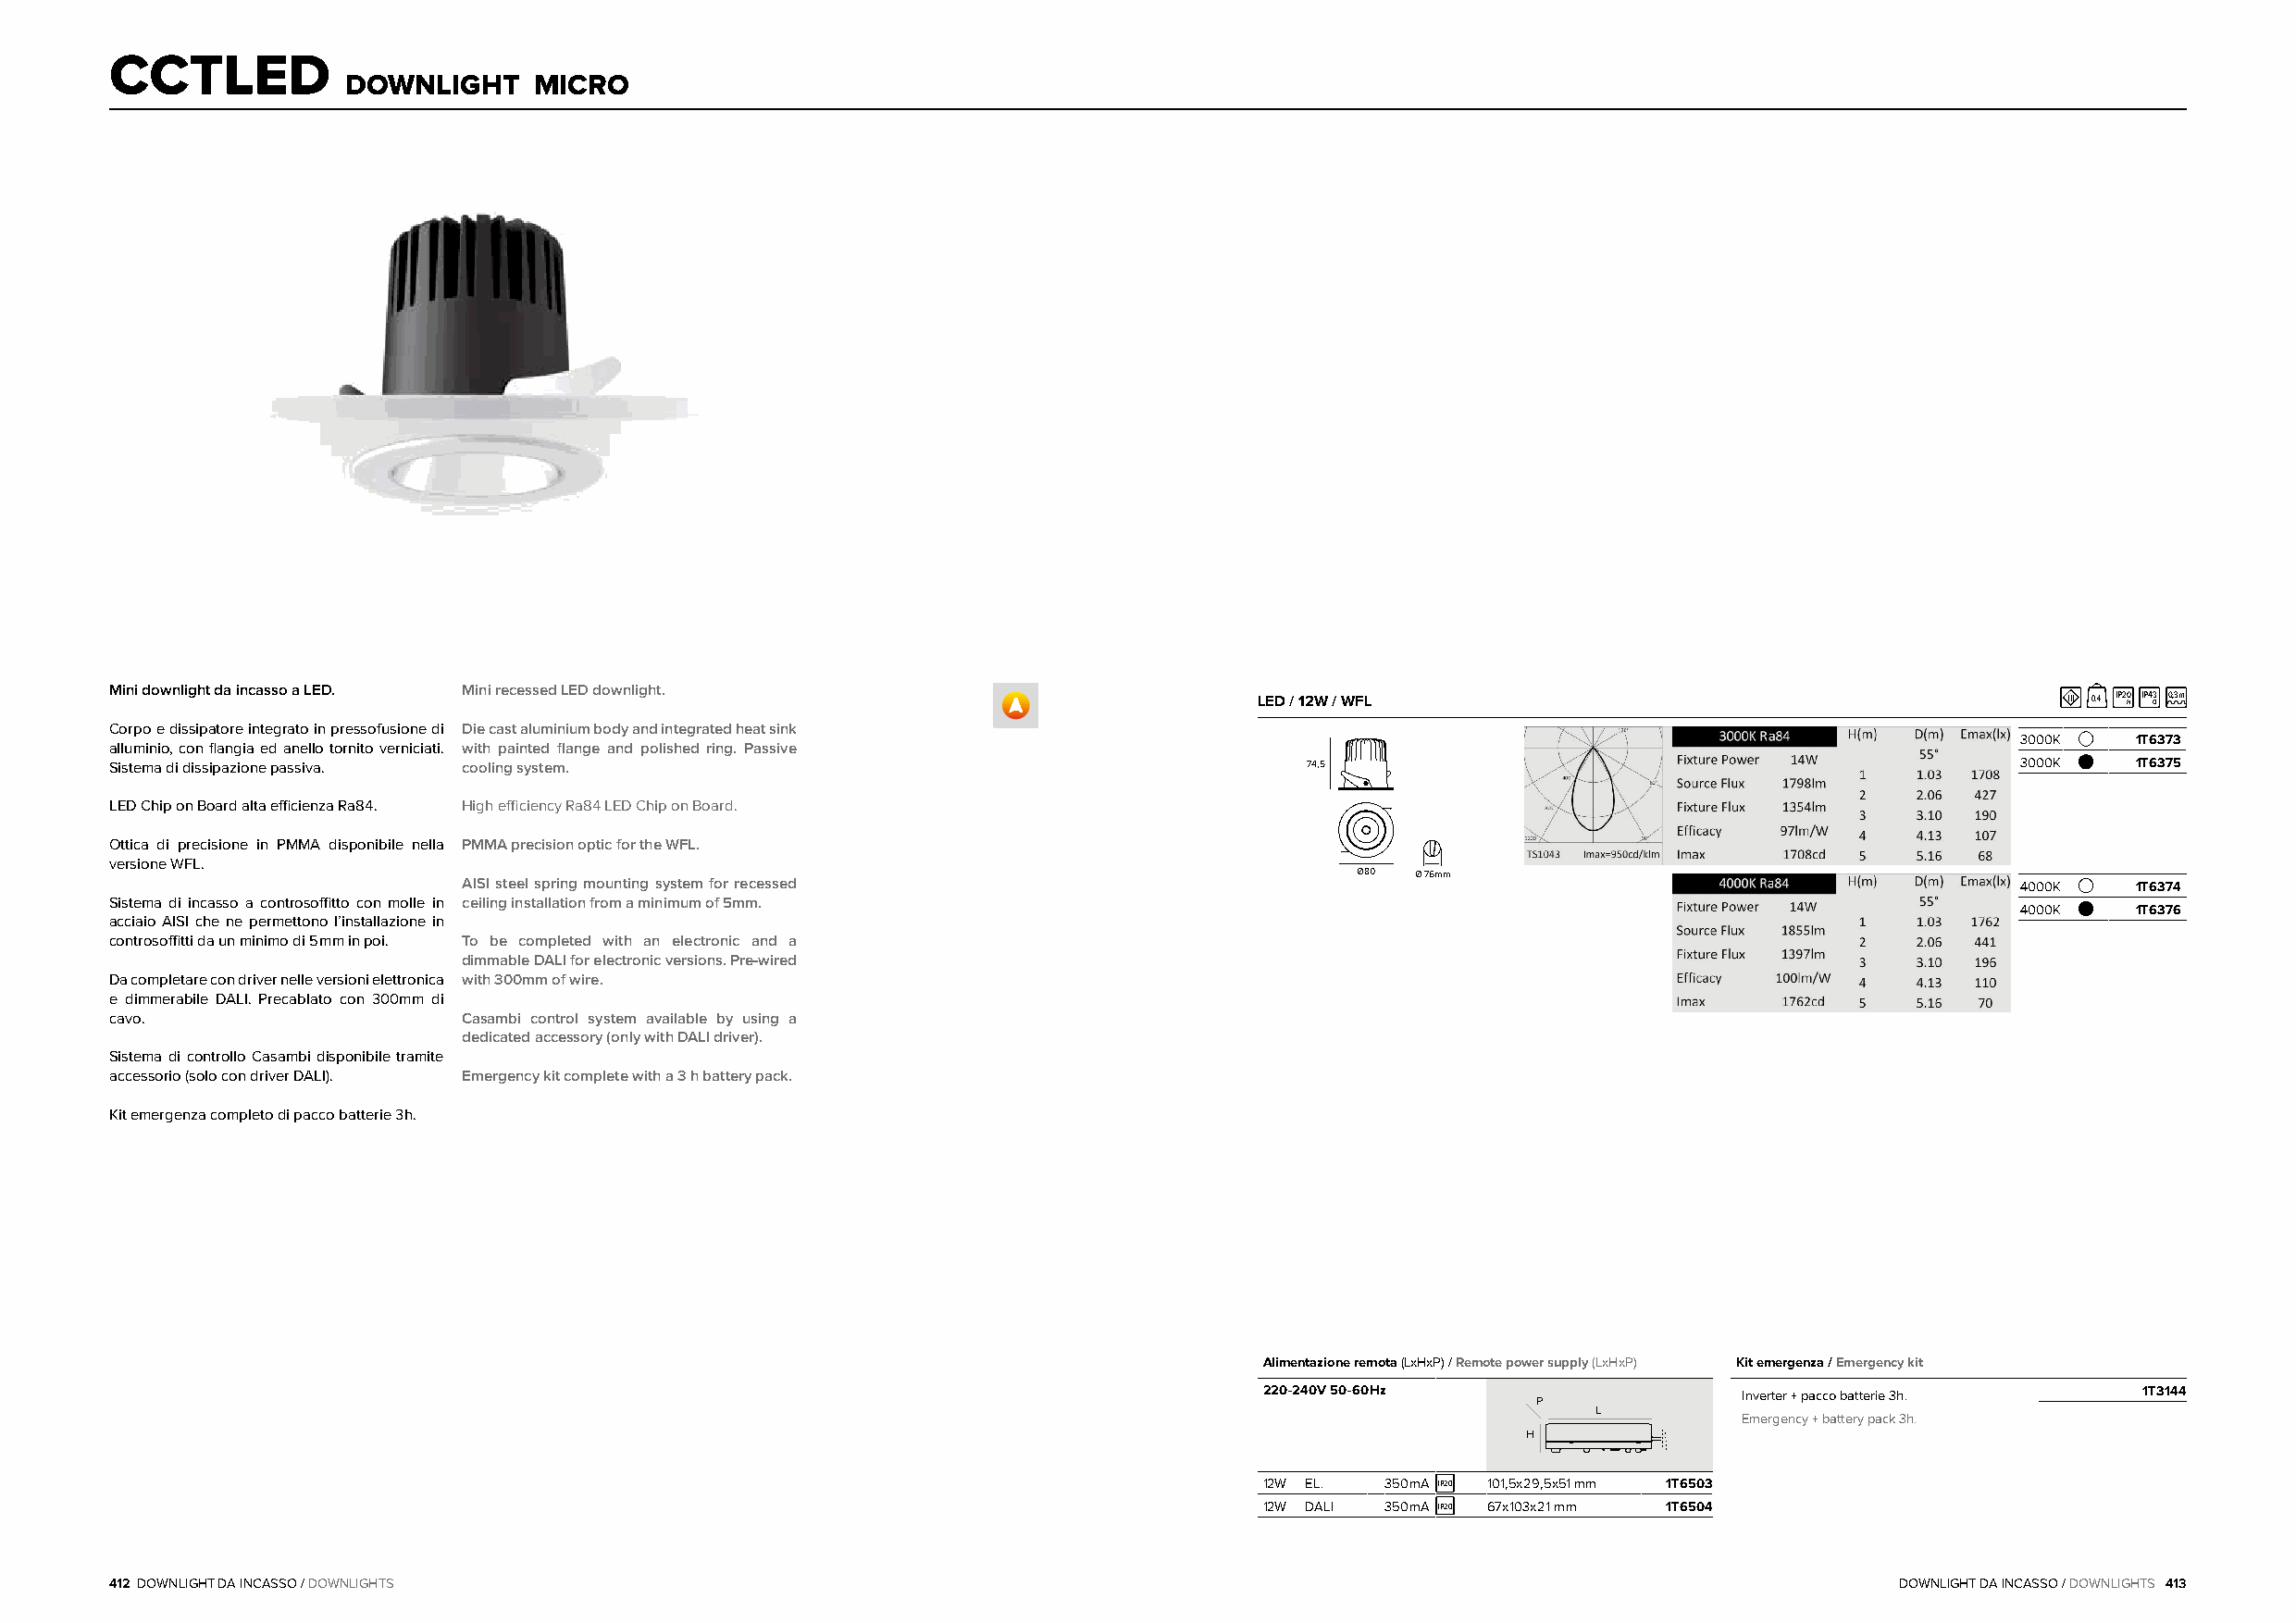
CCTLED
 DOWNLIGHT    MICRO
 Mini downlight da incasso a LED. Mini recessed LED downlight.
 LED / 12W / WFL                                           III 0,4 IP20 H IP43 O 0,3m
 Corpo e dissipatore integrato in pressofusione di Die cast aluminium body and integrated heat sink
 3000K   1T6373
 alluminio, con flangia ed anello tornito verniciati. with painted flange and polished ring. Passive
 Sistema di dissipazione passiva. cooling system.                                     74,5                                                3000K   1T6375
 LED Chip on Board alta efficienza Ra84. High efficiency Ra84 LED Chip on Board.
 Ottica di precisione in PMMA disponibile nella PMMA precision optic for the WFL.
 versione WFL.
 Ø80 Ø 76mm
 AISI steel spring mounting system for recessed                                                                  4000K   1T6374
 Sistema di incasso a controsoffitto con molle in ceiling installation from a minimum of 5mm.
 4000K   1T6376
 acciaio AISI che ne permettono l’installazione in
 controsoffitti da un minimo di 5mm in poi. To be completed with an electronic and a
 dimmable DALI for electronic versions. Pre-wired
 Da completare con driver nelle versioni elettronica with 300mm of wire.
 e dimmerabile DALI. Precablato con 300mm di
 cavo.                    Casambi control system available by using a
 dedicated accessory (only with DALI driver).
 Sistema di controllo Casambi disponibile tramite
 accessorio (solo con driver DALI). Emergency kit complete with a 3 h battery pack.
 Kit emergenza completo di pacco batterie 3h.
 Alimentazione remota (LxHxP) / Remote power supply (LxHxP) Kit emergenza / Emergency kit
 220-240V 50-60Hz                   Inverter + pacco batterie 3h. 1T3144
 P
 L
 Emergency + battery pack 3h.
 H
 12W EL.  350mA IP20 101,5x29,5x51 mm 1T6503
 12W DALI 350mA IP20 67x103x21 mm 1T6504
 412 DOWNLIGHT DA INCASSO / DOWNLIGHTS                                                                                           DOWNLIGHT DA INCASSO / DOWNLIGHTS 413